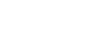
ဤဒိသကံ